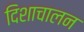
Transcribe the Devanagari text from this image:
दिशाचालन